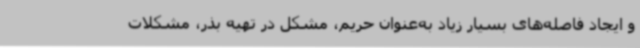
و ایجاد فاصله‌های بسیار زیاد به‌عنوان حریم، مشکل در تهیه بذر، مشکلات